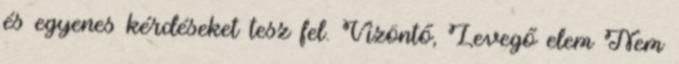
és egyenes kérdéseket tesz fel. Vízöntő, Levegő elem Nem